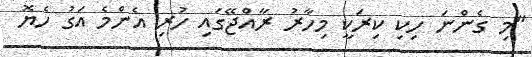
"މި ގެންނަ ހިކި ކިރަކީ މިހާރު ރާއްޖޭގައި ހުރި އެންމެ އަގު ހެޔޮ